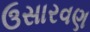
ઉસારવણ